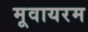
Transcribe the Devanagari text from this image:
मूवायरम